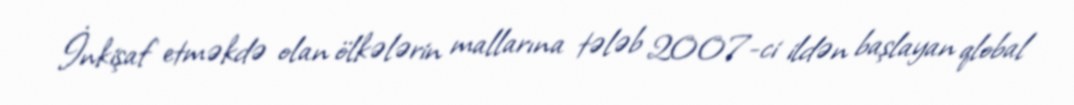
İnkişaf etməkdə olan ölkələrin mallarına tələb 2007-ci ildən başlayan qlobal